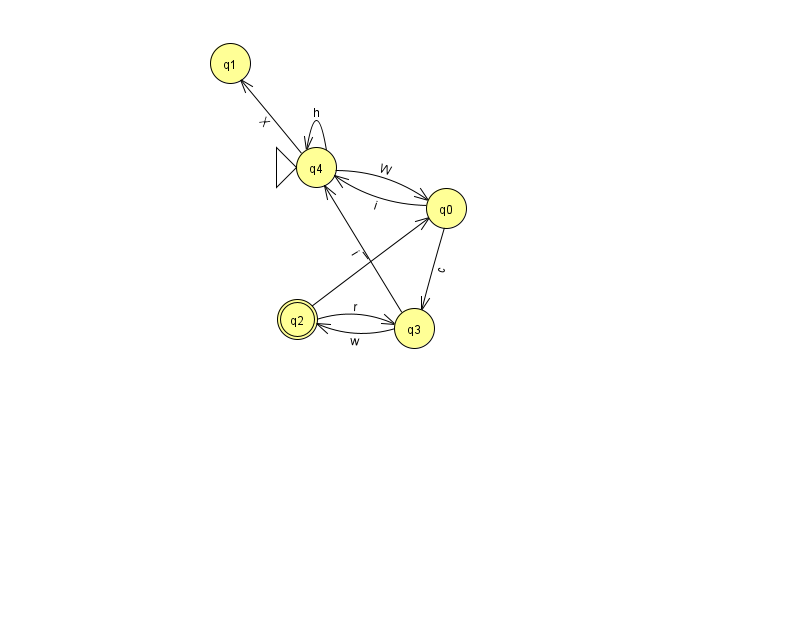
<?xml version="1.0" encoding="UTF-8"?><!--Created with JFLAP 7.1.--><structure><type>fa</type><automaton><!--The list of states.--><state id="0" name="q0"><x>446.0</x><y>195.0</y></state><state id="1" name="q1"><x>230.0</x><y>50.0</y></state><state id="2" name="q2"><x>297.0</x><y>306.0</y><final/></state><state id="3" name="q3"><x>414.0</x><y>315.0</y></state><state id="4" name="q4"><x>316.0</x><y>154.0</y><initial/></state><!--The list of transitions.--><transition><from>3</from><to>4</to><read>i</read></transition><transition><from>4</from><to>0</to><read>W</read></transition><transition><from>0</from><to>3</to><read>c</read></transition><transition><from>0</from><to>4</to><read>i</read></transition><transition><from>4</from><to>4</to><read>h</read></transition><transition><from>2</from><to>0</to><read>l</read></transition><transition><from>3</from><to>2</to><read>w</read></transition><transition><from>4</from><to>1</to><read>X</read></transition><transition><from>2</from><to>3</to><read>r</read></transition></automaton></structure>